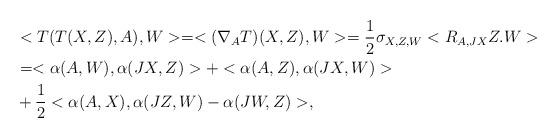
LaTeX: \begin{align*}&<T(T(X,Z),A),W>=<(\nabla_{A}T)(X,Z),W>=\frac{1}{2}\sigma_{X,Z,W}<R_{A,JX}Z.W>\\&=<\alpha(A,W),\alpha(JX,Z)>+<\alpha(A,Z),\alpha(JX,W)>\\&+\frac{1}{2}<\alpha(A,X),\alpha(JZ,W)-\alpha(JW,Z)>,\end{align*}